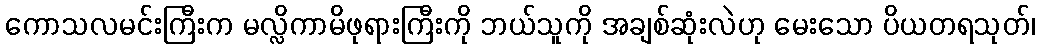
ကောသလမင်းကြီးက မလ္လိကာမိဖုရားကြီးကို ဘယ်သူကို အချစ်ဆုံးလဲဟု မေးသော ပိယတရသုတ်၊